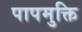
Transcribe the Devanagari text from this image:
पापमुक्ति